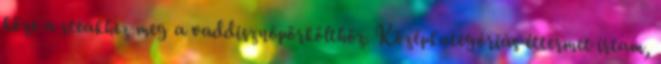
köze a steakhez meg a vaddisznópörkölthöz. Középkategóriás éttermet írtam,